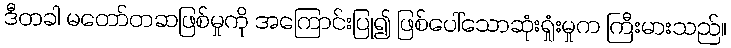
ဒီတခါ မတော်တဆဖြစ်မှုကို အကြောင်းပြု၍ ဖြစ်ပေါ်သောဆုံးရှုံးမှုက ကြီးမားသည်။